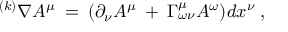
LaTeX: ^ { ( k ) } \nabla A ^ { \mu } \: = \: ( \partial _ { \nu } A ^ { \mu } \: + \: \Gamma _ { \omega \nu } ^ { \mu } A ^ { \omega } ) d x ^ { \nu } \: ,